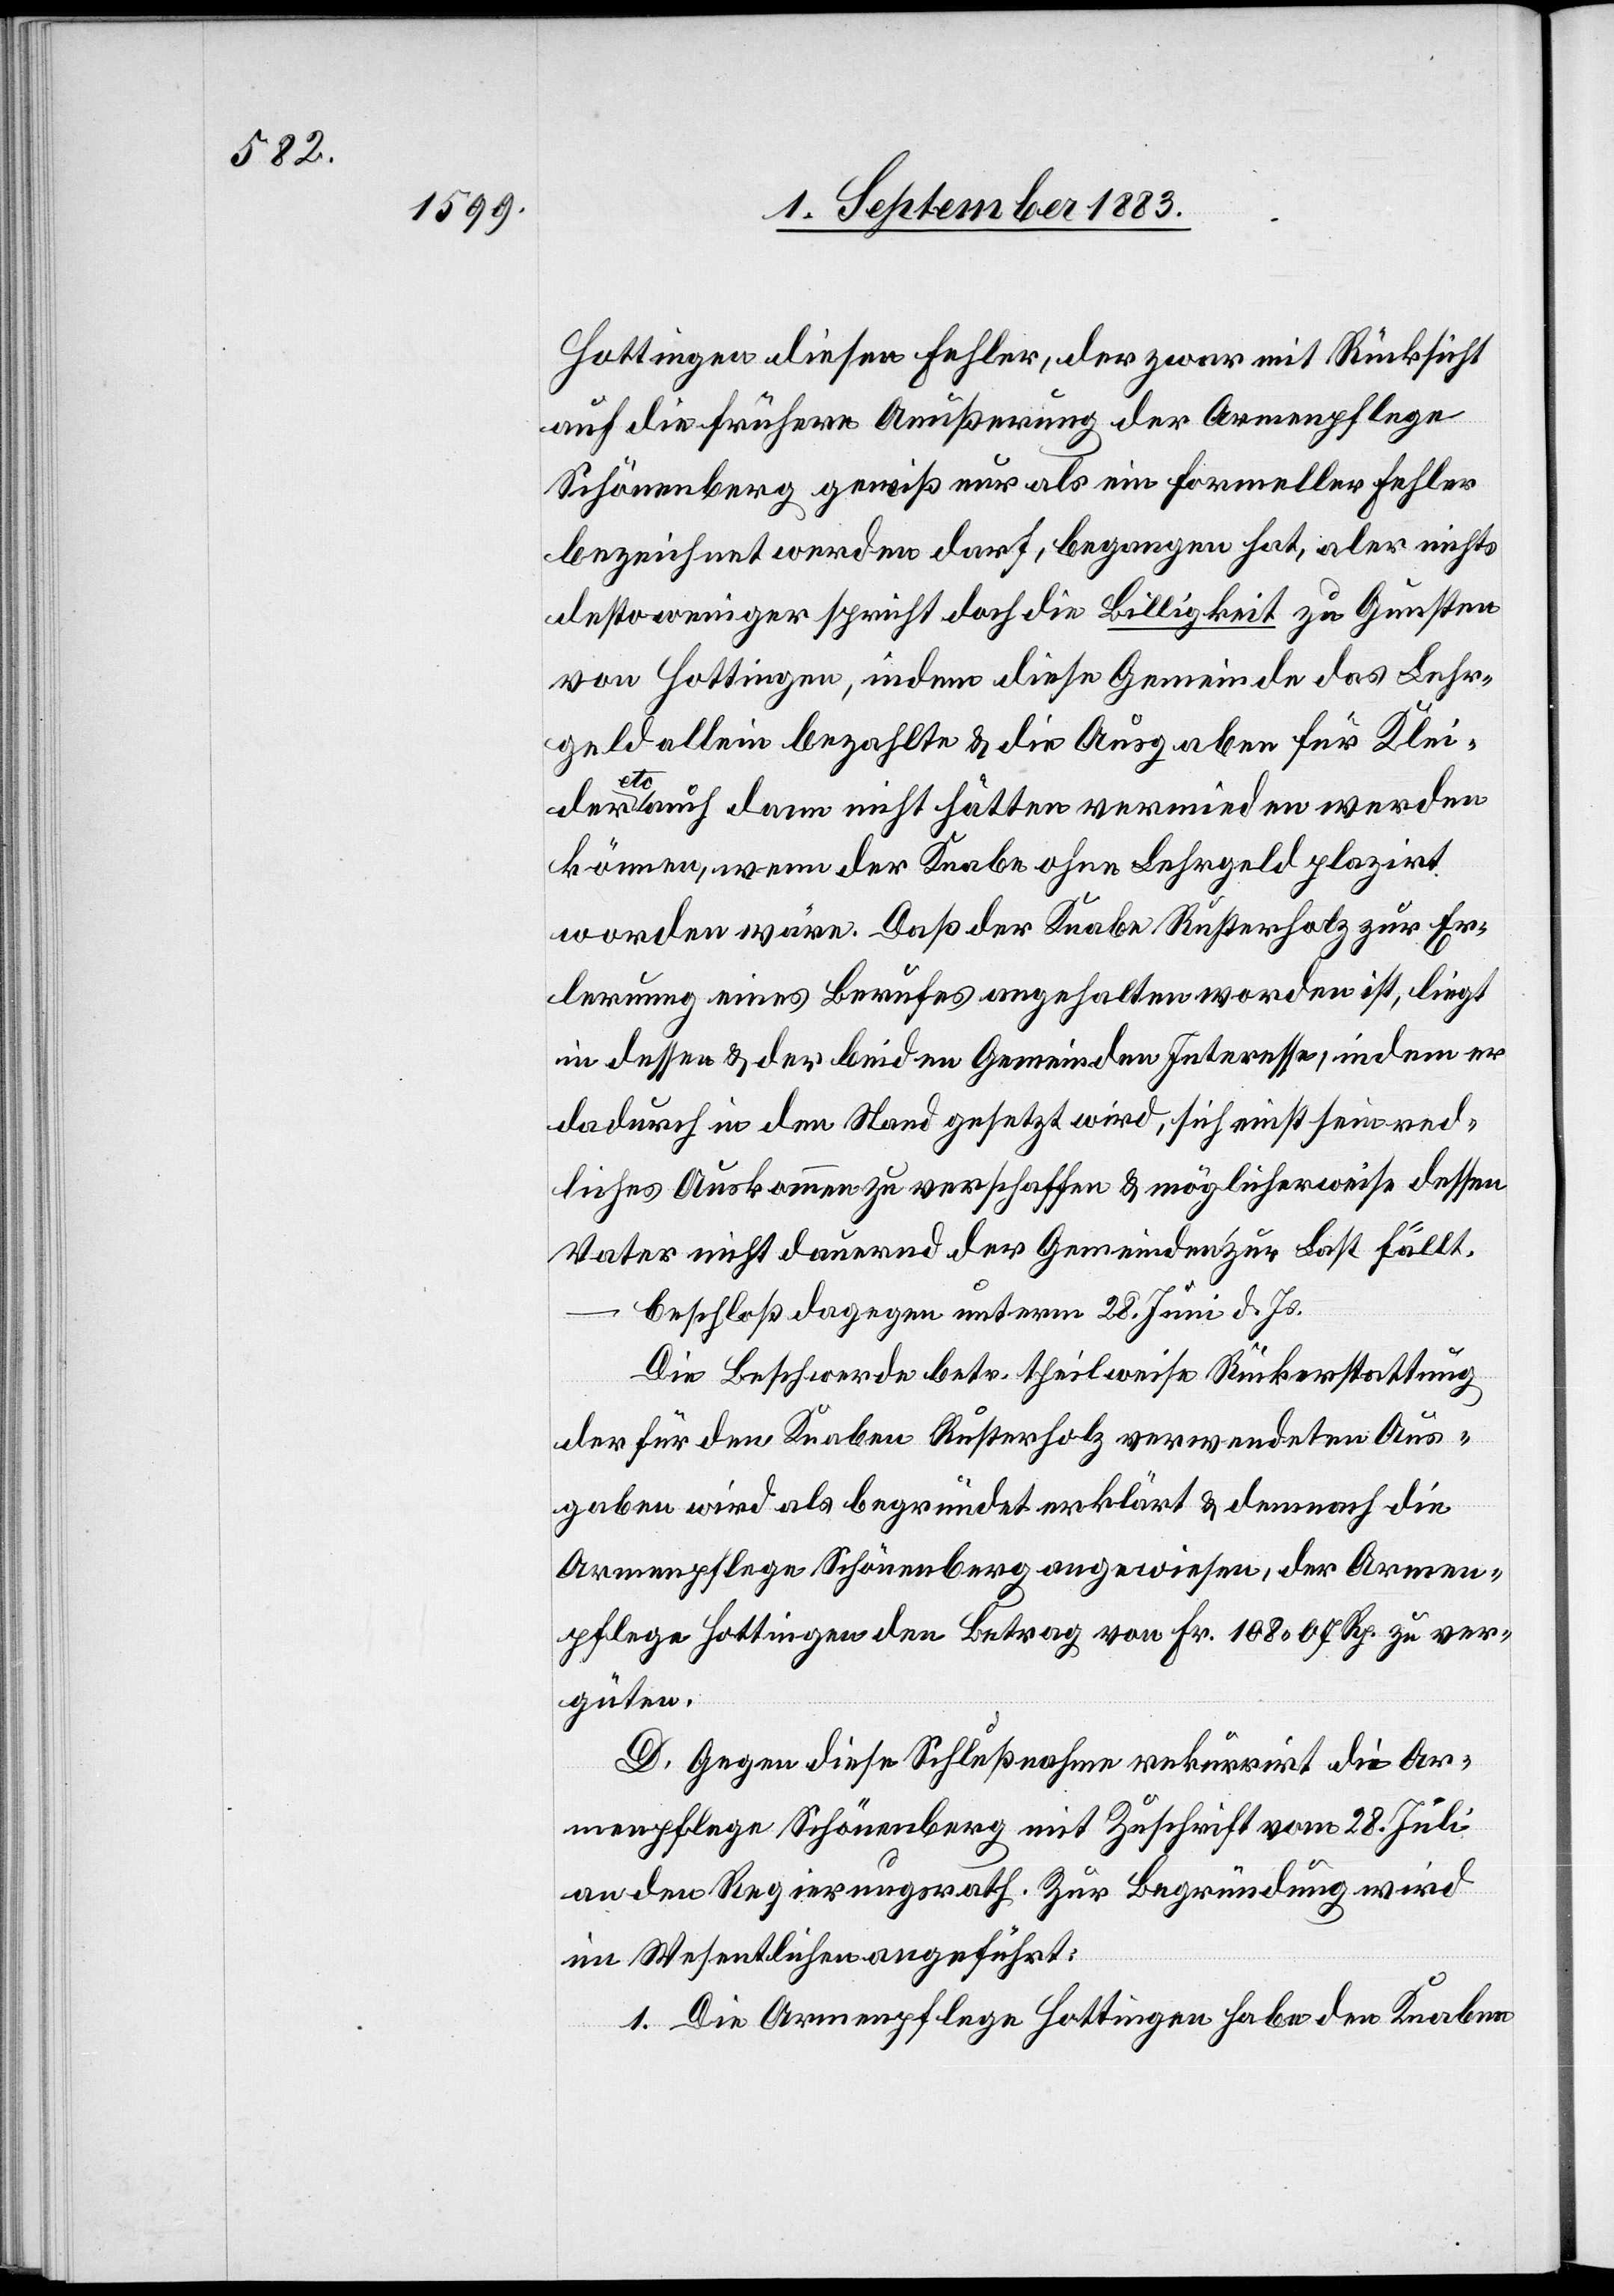
Hottingen diesen Fehler, der zwar mit Rücksicht
auf die frühern Aeußerungen der Armenpflege
Schönenberg gewiß nur als ein formeller Fehler
bezeichnet werden darf, begangen hat, aber nichts
desto weniger spricht doch die Billigkeit zu Gunsten
von Hottingen, indem diese Gemeinde das Lehr¬
geld allein bezahlte & die Ausgaben für Klei¬
der etc. auch dann nicht hätten vermieden werden
können, wenn der Knabe ohne Lehrgeld platzirt
worden wäre. Daß der Knabe Rusterholz zur Er¬
lernung eines Berufes angehalten worden ist, liegt
in dessen & der beiden Gemeinden Interessen, indem er
dadurch in den Stand gesetzt wird, sich einst sein red¬
liches Auskommen zu verschaffen & möglichweise dessen
Vater nicht dauernd der Gemeinde zur Last fällt.
beschloß dagegen unterm 28. Juni d. Js.
Die Beschwerde betr. theilweise Rückerstattung
der für den Knaben Rusterholz verwendeten Aus¬
gaben wird als begründet erklärt & demnach die
Armenpflege Schönenberg angewiesen, der Armen¬
pflege Hottingen den Betrag von Fr. 108 07 Rp. zu ver¬
güten.
D. Gegen diese Schlußnahme rekurrirt die Ar¬
menpflege Schönenberg mit Zuschrift vom 28. Juli
an den Regierungsrath. Zur Begründung wird
im Wesentlichen angeführt:
1. Die Armenpflege Hottingen habe den Knaben